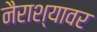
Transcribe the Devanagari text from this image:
नैराश्यावर